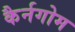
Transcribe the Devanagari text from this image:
कैर्नगोम